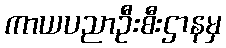
ကာယပညာဦးစီးဌာနမှ